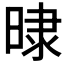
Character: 𣇨